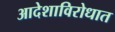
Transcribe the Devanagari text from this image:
आदेशाविरोधात